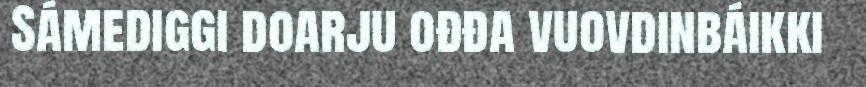
Sámediggi doarju ođđa vuovdinbáikki